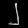
Digit: ၂